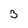
Character: 3